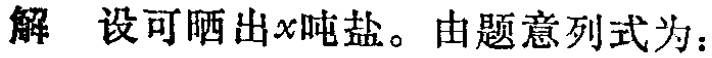
解 设可晒出\(x\)吨盐。由题意列式为：